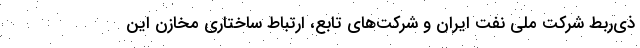
ذی‌ربط شرکت ملی نفت ایران و شرکت‌های تابع، ارتباط ساختاری مخازن این